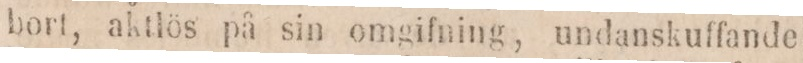
bort, aktlös på sin omgifning, undanskuffande